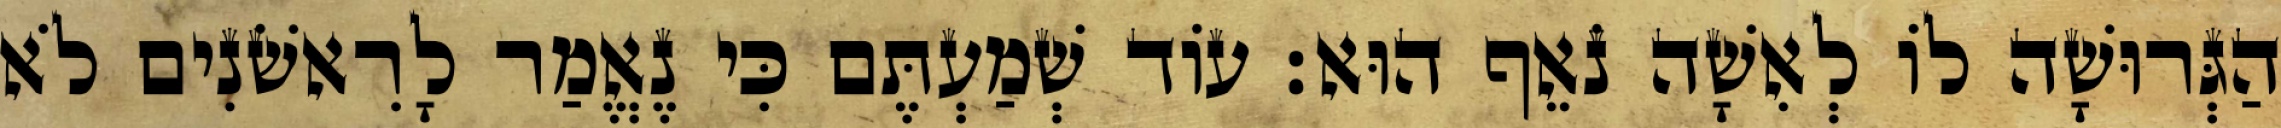
הַגְּרוּשָׁה לוֹ לְאִשָׁה נֹאֵף הוּא׃ עוֹד שְׁמַעְתֶּם כִּי נֶאֱמַר לָרִאשֹׁנִים לֹא